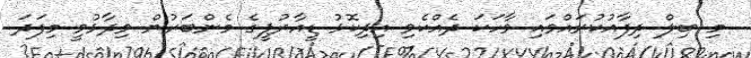
މި ބިލް ދިފާއުކުރައްވައި ވާހަކަ ދެއްކެވި އިދިކޮޅު ޑީއާރުޕީގެ މެންބަރުން ވިދާޅުވީ މިފަދަ